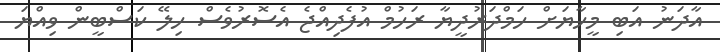
އާދަނު އަބި މީހާޔަށް ހަމްދަރުދީޔާ ރަހުމް އުފެދިއްޖެ އެސޮރުވެސް ހިލޭ ކަސްބީން ވިއްޔަ